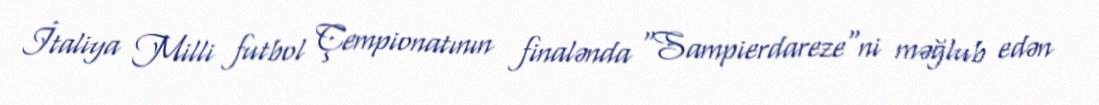
İtaliya Milli futbol Çempionatının finalənda "Sampierdareze"ni məğlub edən